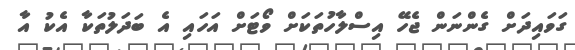
ގަވައިދަށް ގެންނަން ޖެހޭ އިސްލާހުތަކަށް ވޯޓަށް އަހައި އެ ބަދަލުތަކާ އެކު އާ